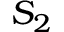
S _ { 2 }